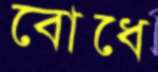
বোধে